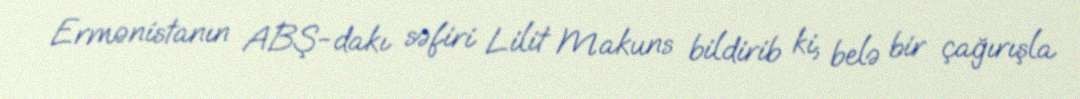
Ermənistanın ABŞ-dakı səfiri Lilit Makuns bildirib ki, belə bir çağırışla